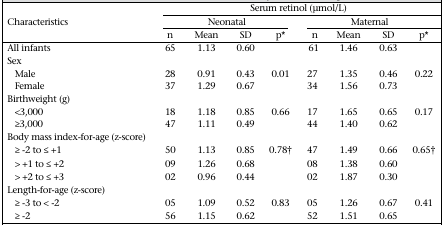
| <ROWSPAN=3> Characteristics | <COLSPAN=8> Serum retinol (μmol/L) |
 | <COLSPAN=4> Neonatal | <COLSPAN=4> Maternal |
 | n | Mean | SD | p* | n | Mean | SD | p* |
 | --- | --- | --- | --- | --- | --- | --- | --- | --- |
 | All infants | 65 | 1.13 | 0.60 |  | 61 | 1.46 | 0.63 |  |
 | <COLSPAN=9> Sex |
 | Male | 28 | 0.91 | 0.43 | 0.01 | 27 | 1.35 | 0.46 | 0.22 |
 | Female | 37 | 1.29 | 0.67 |  | 34 | 1.56 | 0.73 |  |
 | <COLSPAN=9> Birthweight (g) |
 | <3,000 | 18 | 1.18 | 0.85 | 0.66 | 17 | 1.65 | 0.65 | 0.17 |
 | ≥3,000 | 47 | 1.11 | 0.49 |  | 44 | 1.40 | 0.62 |  |
 | <COLSPAN=9> Body mass index-for-age (z-score) |
 | ≥ −2 to ≤ +1 | 50 | 1.13 | 0.85 | 0.78† | 47 | 1.49 | 0.66 | 0.65† |
 | > +1 to ≤ +2 | 09 | 1.26 | 0.68 |  | 08 | 1.38 | 0.60 |  |
 | > +2 to ≤ +3 | 02 | 0.96 | 0.44 |  | 02 | 1.87 | 0.30 |  |
 | <COLSPAN=9> Length-for-age (z-score) |
 | ≥ −3 to < −2 | 05 | 1.09 | 0.52 | 0.83 | 05 | 1.26 | 0.67 | 0.41 |
 | ≥ −2 | 56 | 1.15 | 0.62 |  | 52 | 1.51 | 0.65 |  |